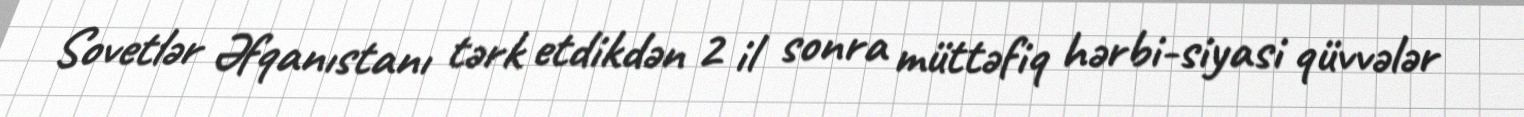
Sovetlər Əfqanıstanı tərk etdikdən 2 il sonra müttəfiq hərbi-siyasi qüvvələr